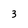
Character: 3